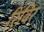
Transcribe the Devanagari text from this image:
रिविर